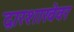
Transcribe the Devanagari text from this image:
द्वारशाखेवर